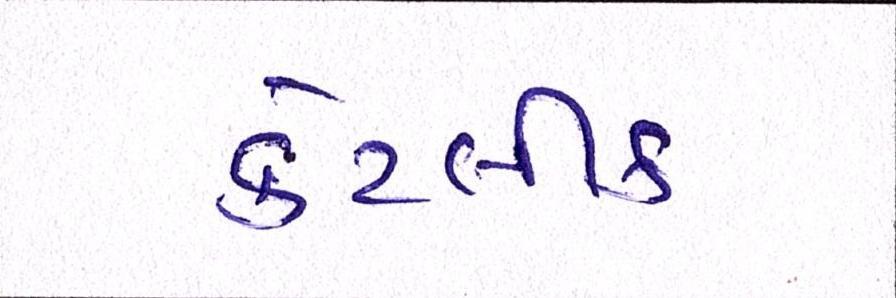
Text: કેટલીક